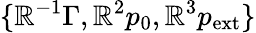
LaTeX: \{ \mathbb{R}^{-1}\Gamma,\mathbb{R}^{2}p_{0},\mathbb{R}^{3}p_{\mathrm{{ext}}}\}